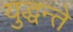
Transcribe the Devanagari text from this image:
युद्धन्ते